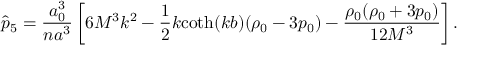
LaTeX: \hat { p } _ { 5 } = \frac { a _ { 0 } ^ { 3 } } { n a ^ { 3 } } \left[ 6 M ^ { 3 } k ^ { 2 } - \frac 1 2 k \mathrm { c o t h } ( k b ) ( \rho _ { 0 } - 3 p _ { 0 } ) - \frac { \rho _ { 0 } ( \rho _ { 0 } + 3 p _ { 0 } ) } { 1 2 M ^ { 3 } } \right] .